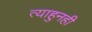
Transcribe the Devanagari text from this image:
त्याहुनही